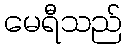
မေရီသည်